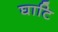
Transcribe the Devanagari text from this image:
घाटि